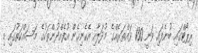
ރިޕޯޓްގައި ބުނެފައި ވަނީ 130 ވައްތަރެއްގެ މުދަލާއި އެހެނިހެން އުފެއްދުންތަކުގެ މަސައްކަތުގައި މި